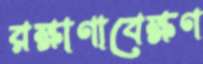
রক্ষাণাবেক্ষণ